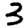
Digit: 3